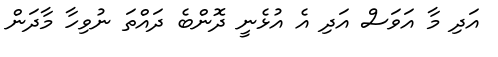
އަދި މާ އަވަސް އަދި އެ އުޅެނީ ދޮންބެ ދައްތަ ނުވިހާ މާދަން